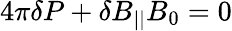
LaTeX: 4\pi\delta P+\delta B_{||}B_{0}=0